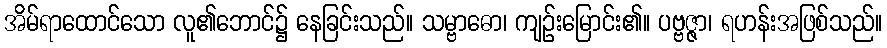
အိမ်ရာထောင်သော လူ၏ဘောင်၌ နေခြင်းသည်။ သမ္ဗာဓော၊ ကျဉ်းမြောင်း၏။ ပဗ္ဗဇ္ဇာ၊ ရဟန်းအဖြစ်သည်။